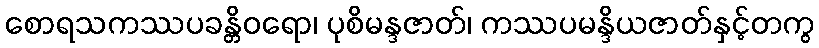
စောရသကဿပခန္တိဝရော၊ ပုစိမန္ဒဇာတ်၊ ကဿပမန္ဒိယဇာတ်နှင့်တကွ